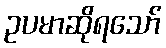
ဥပမာဆိုရသော်